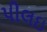
પીલઇ